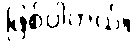
ဖြစ်ပါတယ်။